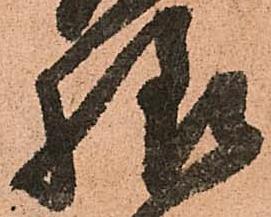
様